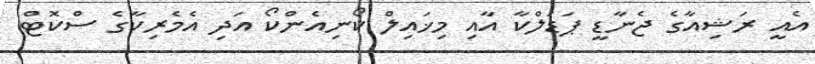
އެއީ ރަޝިއާގެ ޖެނާޑީ ޕަޑަލްކާ އާއި މިޚައިލް ކޯނިއެންކޯ އަދި އެމެރިކާގެ ސްކޮޓް